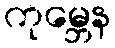
ကုမ္ဘေန